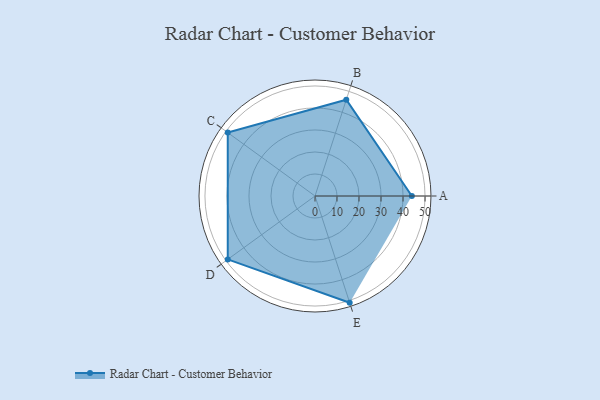
{"axis": {"x": "Skill", "y": "Score"}, "legend": ["Profile"], "data": [{"x": "A", "y": 44.0, "type": "Profile"}, {"x": "B", "y": 46.0, "type": "Profile"}, {"x": "C", "y": 49.0, "type": "Profile"}, {"x": "D", "y": 49.0, "type": "Profile"}, {"x": "E", "y": 51.0, "type": "Profile"}]}